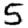
Digit: 5